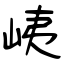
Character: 峓